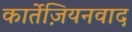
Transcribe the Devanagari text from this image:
कार्तेज़ियनवाद